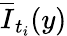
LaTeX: \overline{{I}}_{t_{i}}(y)